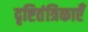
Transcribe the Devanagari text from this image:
दृष्टितंत्रिकाएँ